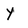
Character: y